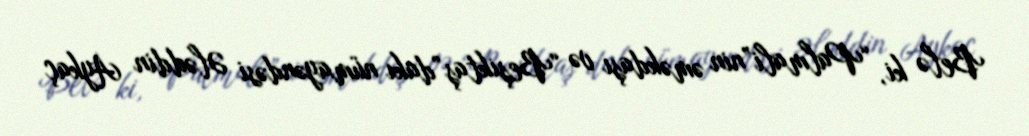
Belə ki, “Palmali”nin əməkdaşı və “Beşiktaş”dakı nümayəndəsi Ələddin Aykaç